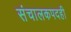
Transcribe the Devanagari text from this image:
संचालकपदही